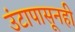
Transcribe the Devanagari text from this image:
उंटापासूनही